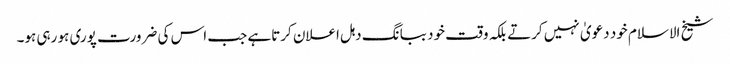
شیخ الاسلام خود دعویٰ نہیں کرتے بلکہ وقت خود ببانگ دہل اعلان کرتاہے جب اس کی ضرورت پوری ہو رہی ہو۔